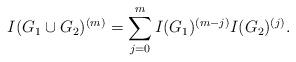
LaTeX: \begin{align*}I(G_1\cup G_2)^{(m)} = \sum\limits_{j=0}^m I(G_1)^{(m-j)} I(G_2)^{(j)}.\end{align*}